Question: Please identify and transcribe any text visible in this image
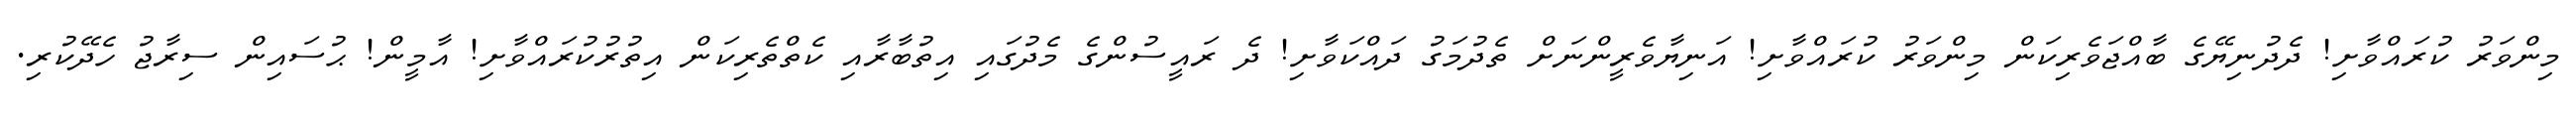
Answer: މިންވަރު ކުރައްވާށި! ދެދުނިޔޭގެ ބާއްޖަވެރިކަން މިންވަރު ކުރައްވާށި! އަނިޔާވެރީންނަށް ތެދުމަގު ދައްކަވާށި! ދެ ރައީސުންގެ މެދުގައި އިތުބާރާއި ކެތްތެރިކަން އިތުރުކުރައްވާށި! އާމީން! ޙުސައިން ސިރާޖު ހެދޭކުރި.